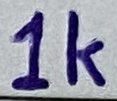
Text: 1k